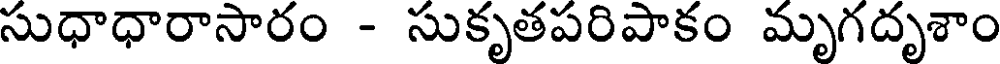
సుధాధారాసారం - సుకృతపరిపాకం మృగదృశాం